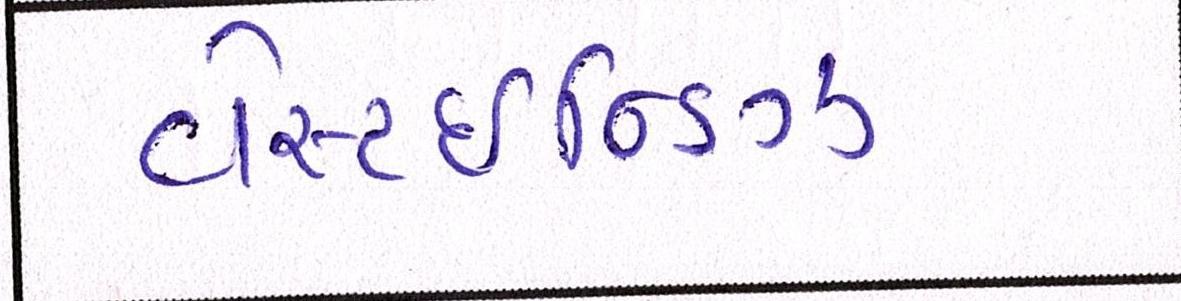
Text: વેસ્ટઈન્ડિઝ